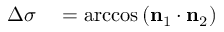
\begin{array} { r l } { \Delta \sigma } & { { } = \operatorname { a r c c o s } \left( \mathbf { n } _ { 1 } \cdot \mathbf { n } _ { 2 } \right) } \end{array}